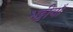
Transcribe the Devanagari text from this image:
भट्टीयाँ